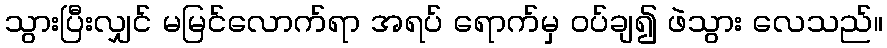
သွားပြီးလျှင် မမြင်လောက်ရာ အရပ် ရောက်မှ ဝပ်ချ၍ ဖဲသွား လေသည်။